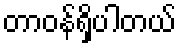
တာဝန်ရှိပါတယ်